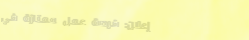
إعلان: فرصة عمل ممتازة في